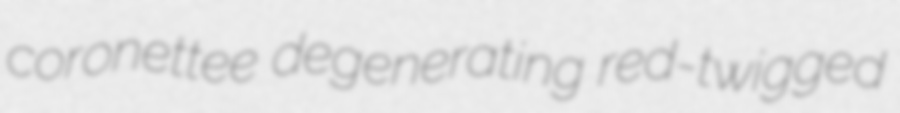
coronettee degenerating red-twigged